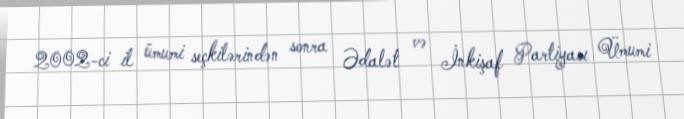
2002-ci il ümumi seçkilərindən sonra Ədalət və İnkişaf Partiyası Ümumi